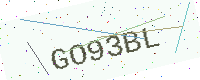
Text: GO93BL